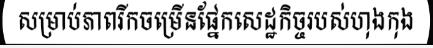
សម្រាប់ភាពរីកចម្រើនផ្នែកសេដ្ឋកិច្ចរបស់ហុងកុង